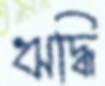
ঋদ্ধি